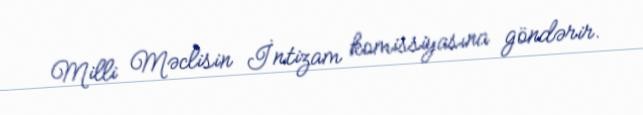
Milli Məclisin İntizam komissiyasına göndərir.